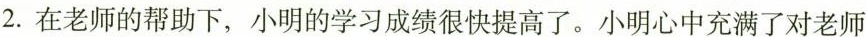
2.在老师的帮助下，小明的学习成绩很快提高了。小明心中充满了对老师